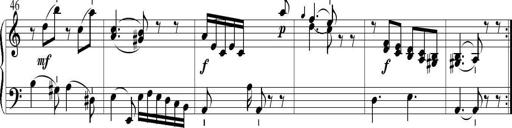
Title: 6 Leichte Sonatinen, Teil 1
Composer: F. Sigismund Sander